Annual administration report of the Civil Veterinary Department of India - 1909-1910
Year: 1909
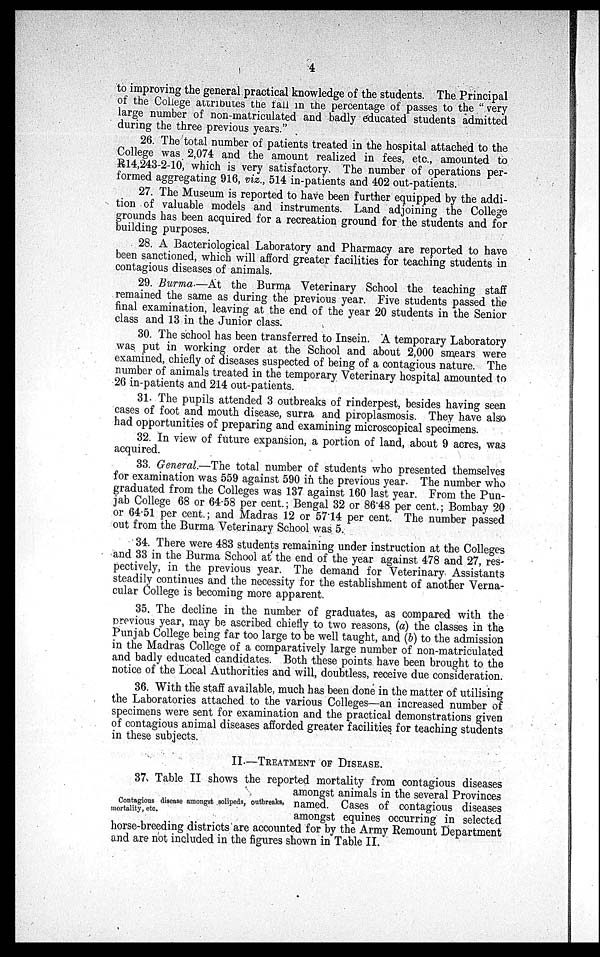
4
to improving the general practical knowledge of the students. The Principal
of the College attributes the fall in the percentage of passes to the "very
large number of non-matriculated and badly educated students admitted
during the three previous years."
26. The total number of patients treated in the hospital attached to the
College was 2,074 and the amount realized in fees, etc., amounted to
R14,243-2-10, which is very satisfactory. The number of operations per-
formed aggregating 916, viz., 514 in-patients and 402 out-patients.
27. The Museum is reported to have been further equipped by the addi-
tion of valuable models and instruments. Land adjoining the College
grounds has been acquired for a recreation ground for the students and for
building purposes.
28. A Bacteriological Laboratory and Pharmacy are reported to have
been sanctioned, which will afford greater facilities for teaching students in
contagious diseases of animals.
29. Burma.—At the Burma Veterinary School the teaching staff
remained the same as during the previous year. Five students passed the
final examination, leaving at the end of the year 20 students in the Senior
class and 13 in the Junior class.
30. The school has been transferred to Insein. A temporary Laboratory
was put in working order at the School and about 2,000 smears were
examined, chiefly of diseases suspected of being of a contagious nature. The
number of animals treated in the temporary Veterinary hospital amounted to
26 in-patients and 214 out-patients.
31. The pupils attended 3 outbreaks of rinderpest, besides having seen
cases of foot and mouth disease, surra and piroplasmosis. They have also
had opportunities of preparing and examining microscopical specimens.
32. In view of future expansion, a portion of land, about 9 acres, was
acquired.
33. General.—The total number of students who presented themselves
for examination was 559 against 590 in the previous year. The number who
graduated from the Colleges was 137 against 160 last year. From the Pun-
jab College 68 or 64.58 per cent.; Bengal 32 or 86.48 per cent.; Bombay 20
or 64.51 per cent.; and Madras 12 or 57.14 per cent. The number passed
out from the Burma Veterinary School was 5.
34. There were 483 students remaining under instruction at the Colleges
and 33 in the Burma School at the end of the year against 478 and 27, res-
pectively, in the previous year. The demand for Veterinary Assistants
steadily continues and the necessity for the establishment of another Verna-
cular College is becoming more apparent.
35. The decline in the number of graduates, as compared with the
previous year, may be ascribed chiefly to two reasons, (a) the classes in the
Punjab College being far too large to be well taught, and (b) to the admission
in the Madras College of a comparatively large number of non-matriculated
and badly educated candidates. Both these points have been brought to the
notice of the Local Authorities and will, doubtless, receive due consideration.
36. With the staff available, much has been done in the matter of utilising
the Laboratories attached to the various Colleges—an increased number of
specimens were sent for examination and the practical demonstrations given
of contagious animal diseases afforded greater facilities for teaching students
in these subjects.
II.—TREATMENT OF DISEASE.
37. Table II shows the reported mortality from contagious diseases
amongst animals in the several Provinces
named. Cases of contagious diseases
amongst equines occurring in selected
horse-breeding districts are accounted for by the Army Remount Department
and are not included in the figures shown in Table II.
Contagious disease amongst solipeds, outbreaks,
mortality, etc.